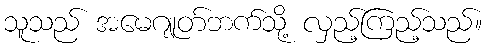
သူသည် အမေဂျုတ်ဘက်သို့ လှည့်ကြည့်သည်။